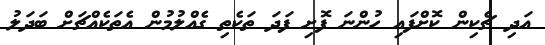
އަދި ޗެކިން ކޮށްފައި ހުންނަ ފޮށި ފަދަ ތަކެތި ގެއްލުމުން އެތަކެއްޗަށް ބަދަލު